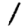
Digit: 1